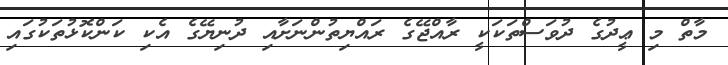
މާތް މި ޢީދުގެ ދުވަސްތަކަކީ ރާއްޖޭގެ ރައްޔިތުންނަށާއި ދުނިޔޭގެ އެކި ކަންކޮޅުތަކުގައި